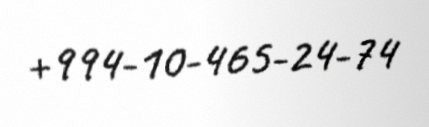
+994-10-465-24-74